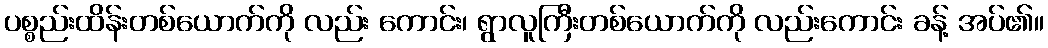
ပစ္စည်းထိန်းတစ်ယောက်ကို လည်း ကောင်း၊ ရွာလူကြီးတစ်ယောက်ကို လည်းကောင်း ခန့် အပ်၏။